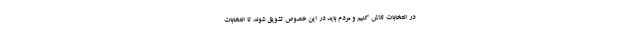
در انتخابات تلاش کنیم و مردم باید در این خصوص تشویق شوند تا انتخابات